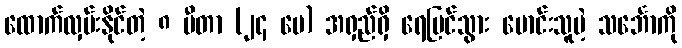
ထောက်လှမ်းနိုင်တဲ့ ၈ မီတာ (၂၄ ပေ) အရှည်ရှိ ရေပြင်သွား မောင်းသူမဲ့ သင်္ဘောကို